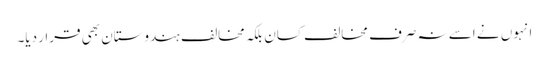
انہوں نے اسے نہ صرف مخالف کسان بلکہ مخالف ہندوستان بھی قرار دیا۔